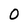
Character: 0